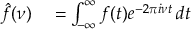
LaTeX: \begin{array} { r l r l } { { \hat { f } } ( \nu ) } & { { } = \int _ { - \infty } ^ { \infty } f ( t ) e ^ { - 2 \pi i \nu t } \, d t } \end{array}